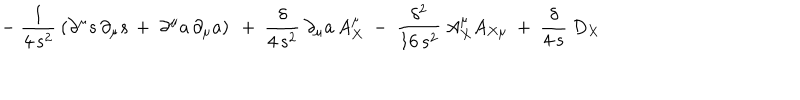
LaTeX: - \ \frac { 1 } { 4 \, s ^ { 2 } } \: \left( \partial ^ { \mu } s \, \partial _ { \mu } s \, + \ \partial ^ { \mu } a \, \partial _ { \mu } a \right) \ + \ \frac { \delta } { 4 \, s ^ { 2 } } \: \partial _ { \mu } a \, A _ { X } ^ { \mu } \ - \ \frac { \delta ^ { 2 } } { 1 6 \, s ^ { 2 } } \: A _ { X } ^ { \mu } A _ { X \mu } \ + \ \frac { \delta } { 4 \, s } \: D _ { X }